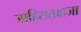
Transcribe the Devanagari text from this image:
जाहिरातवाजा